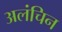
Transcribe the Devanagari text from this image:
अलंचिन